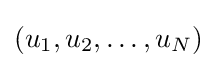
\left(u_{1},u_{2},\dots ,u_{N}\right)